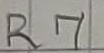
Text: R7